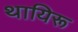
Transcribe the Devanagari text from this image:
थायिरू